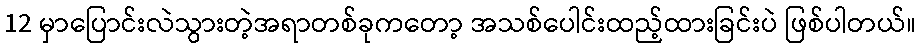
12 မှာပြောင်းလဲသွားတဲ့အရာတစ်ခုကတော့ အသစ်ပေါင်းထည့်ထားခြင်းပဲ ဖြစ်ပါတယ်။